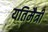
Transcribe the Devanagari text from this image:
यतिमैत्री